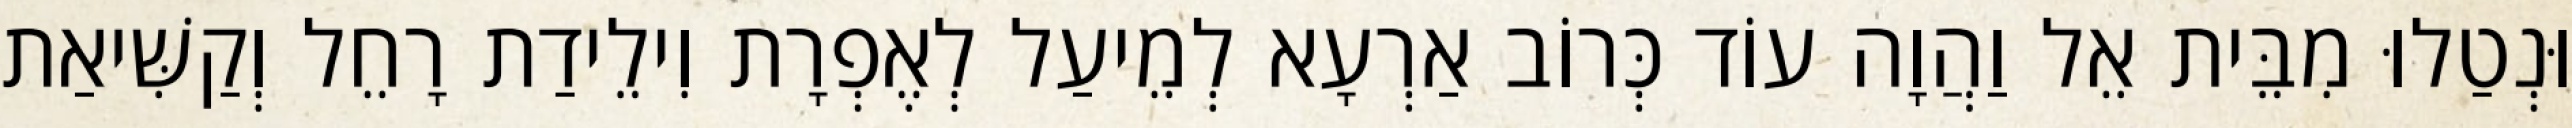
וּנְטַלוּ מִבֵּית אֵל וַהֲוָה עוֹד כְּרוֹב אַרְעָא לְמֵיעַל לְאֶפְרָת וִילֵידַת רָחֵל וְקַשִּׁיאַת